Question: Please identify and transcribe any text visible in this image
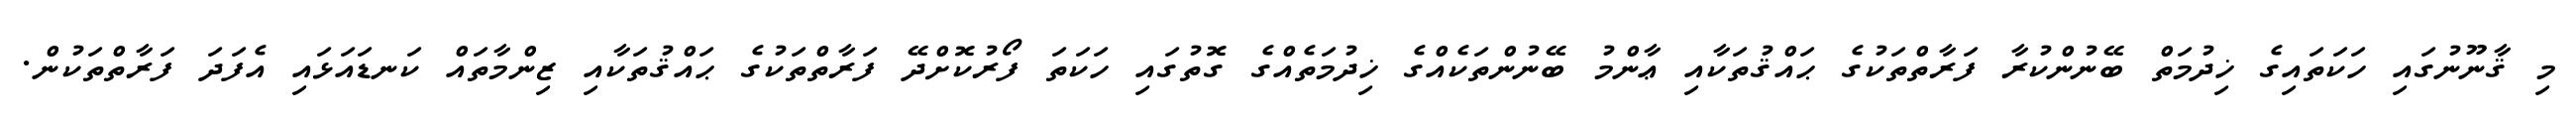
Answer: މި ޤާނޫނުގައި ހަކަތައިގެ ޚިދުމަތް ބޭނުންކުރާ ފަރާތްތަކުގެ ޙައްޤުތަކާއި ޢާންމު ބޭނުންތަކެއްގެ ޚިދުމަތެއްގެ ގޮތުގައި ހަކަތަ ފޯރުކޮށްދޭ ފަރާތްތަކުގެ ޙައްޤުތަކާއި ޒިންމާތައް ކަނޑައަޅައި އެފަދަ ފަރާތްތަކުން.